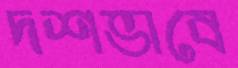
দশভাবে